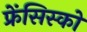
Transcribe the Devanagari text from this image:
फ्रेंसिस्‍को